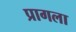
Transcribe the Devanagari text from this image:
प्रागला